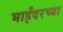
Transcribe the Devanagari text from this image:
भाईंदरच्या